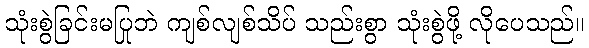
သုံးစွဲခြင်းမပြုဘဲ ကျစ်လျစ်သိပ် သည်းစွာ သုံးစွဲဖို့ လိုပေသည်။